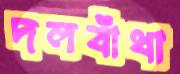
দলবাঁধা